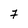
Character: 7